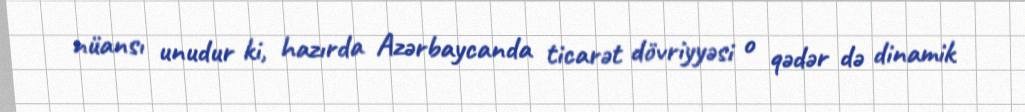
nüansı unudur ki, hazırda Azərbaycanda ticarət dövriyyəsi o qədər də dinamik